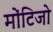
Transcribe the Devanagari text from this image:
मोंटिजो